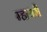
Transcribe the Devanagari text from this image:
म्हायरी